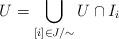
LaTeX: \begin{align*}U=\bigcup_{[i]\in J/\sim}U\cap I_i\end{align*}